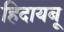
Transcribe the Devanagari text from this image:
हिदायबू